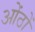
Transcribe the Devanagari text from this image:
ओंठों